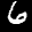
Label: 6